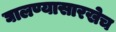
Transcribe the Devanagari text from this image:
घालण्यासारखेच